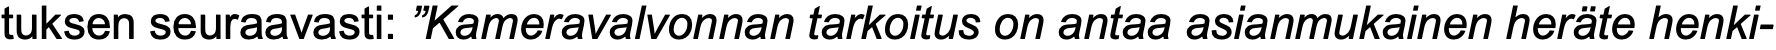
tuksen seuraavasti: ”Kameravalvonnan tarkoitus on antaa asianmukainen heräte henki-